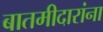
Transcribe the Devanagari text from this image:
बातमीदारांना